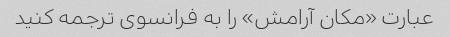
عبارت «مکان آرامش» را به فرانسوی ترجمه کنید